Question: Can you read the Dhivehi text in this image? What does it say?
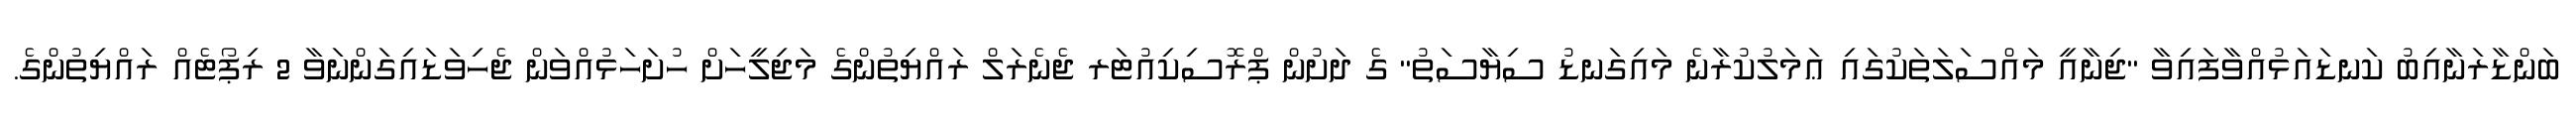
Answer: ބަންޑާރަނާއިބު ކަނޑައަޅުއްވާފައިވާ "ޖިނާއީ މައްސަލަތަކުގައި ޢަމަލުކުރާނެ މައިގަނޑު ސިޔާސަތު" ގެ ދަށުން ޕްރޮސިކިއުޓަރ ޖެނެރަލް ރައްޔިތުންގެ މަޖިލީހަށް ހުށަހަޅުއްވަން ޖެހިވަޑައިގަންނަވާ 2 ރިޕޯޓެއް ރައްޔިތުންގެ.